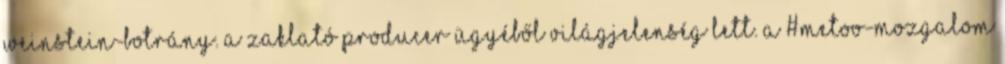
Weinstein-botrány. A zaklató producer ügyéből világjelenség lett. A #MeToo-mozgalom